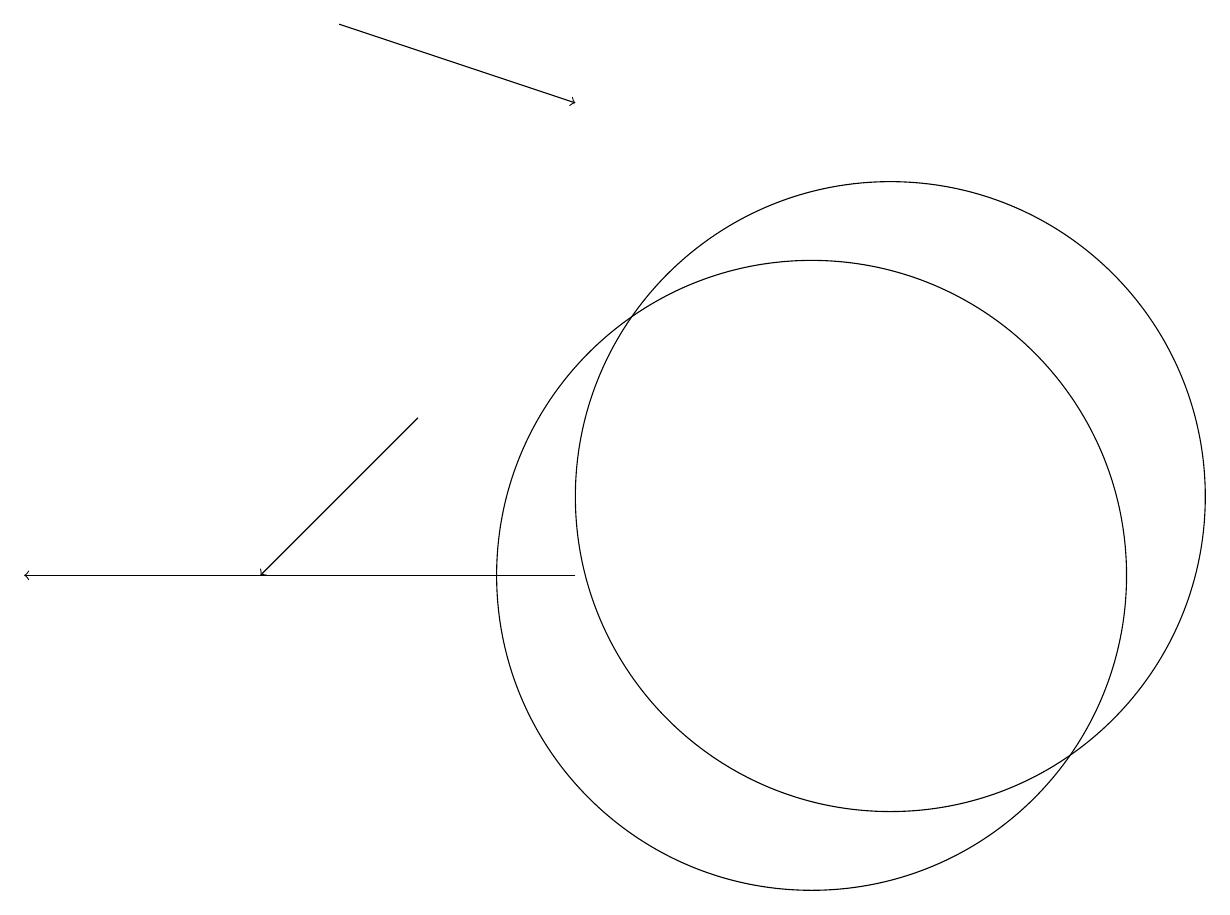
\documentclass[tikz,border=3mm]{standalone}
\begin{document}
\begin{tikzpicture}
\draw[->] (7,11) -- (0,11);
\draw[->] (5,13) -- (3,11);
\draw (10,11) circle (4);
\draw[->] (4,18) -- (7,17);
\draw (11,12) circle (4);
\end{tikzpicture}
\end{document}